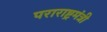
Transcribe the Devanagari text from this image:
पराराष्ट्रमंत्री